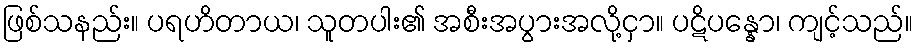
ဖြစ်သနည်း။ ပရဟိတာယ၊ သူတပါး၏ အစီးအပွားအလို့ငှာ။ ပဋိပန္နော၊ ကျင့်သည်။